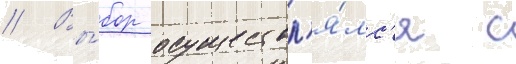
// Вы́бор осуществл'я́лс'я с